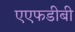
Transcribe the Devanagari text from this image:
एएफडीबी